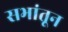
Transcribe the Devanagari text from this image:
सभांतून